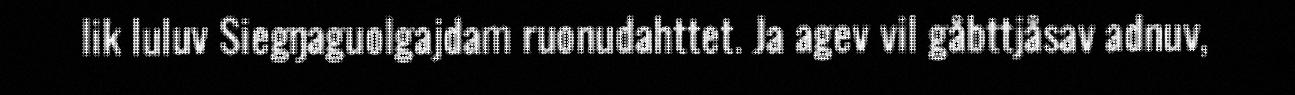
lik luluv Siegŋaguolgajdam ruonudahttet. Ja agev vil gåbttjåsav adnuv,